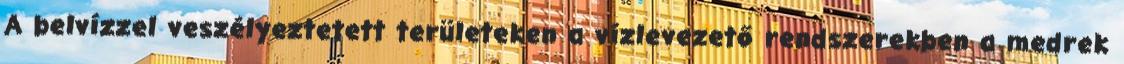
A belvízzel veszélyeztetett területeken a vízlevezető rendszerekben a medrek